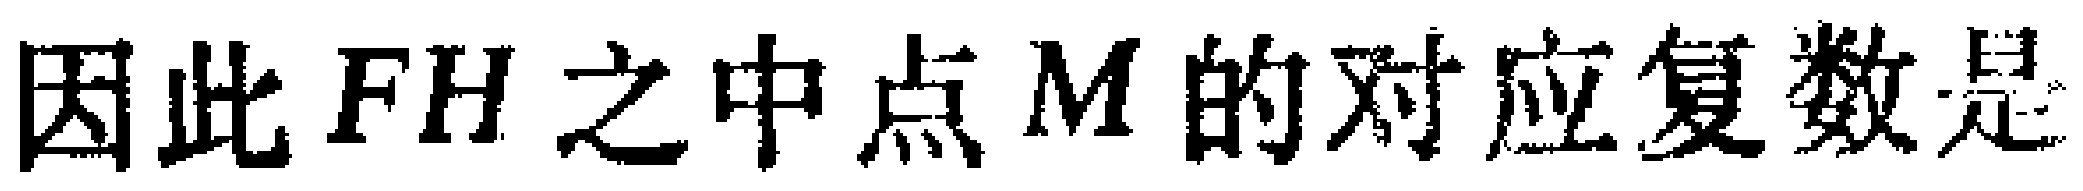
因此 \(FH\) 之中点 \(M\) 的对应复数是